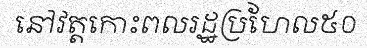
នៅវត្តកោះពលរដ្ឋប្រហែល៥០